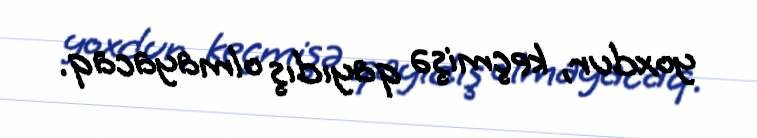
yoxdur, keçmişə qayıdış olmayacaq.